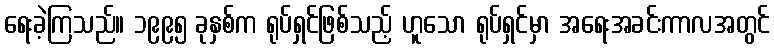
ရေးခဲ့ကြသည်။ ၁၉၉၅ ခုနှစ်က ရုပ်ရှင်ဖြစ်သည့် ဟူသော ရုပ်ရှင်မှာ အရေးအခင်းကာလအတွင်